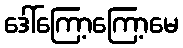
ဒေါ်ကြော့ကြော့မေ